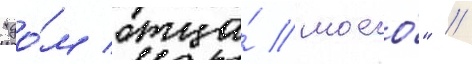
"до́м отца́ моего́" //